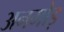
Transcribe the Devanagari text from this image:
अनमोड़